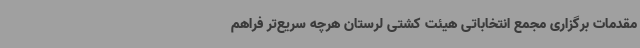
مقدمات برگزاری مجمع انتخاباتی هیئت کشتی لرستان هرچه سریع‌تر فراهم